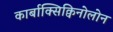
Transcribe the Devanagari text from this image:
कार्बाक्सिक्विनोलोन